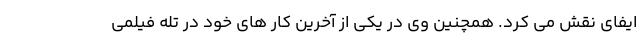
ایفای نقش می کرد. همچنین وی در یکی از آخرین کار های خود در تله فیلمی